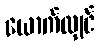
ယောက်လျှင်